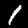
Digit: 1